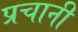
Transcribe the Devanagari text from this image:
प्रचानी